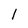
Character: l